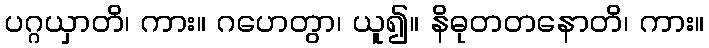
ပဂ္ဂယှာတိ၊ ကား။ ဂဟေတွာ၊ ယူ၍။ နိဓုတတနောတိ၊ ကား။